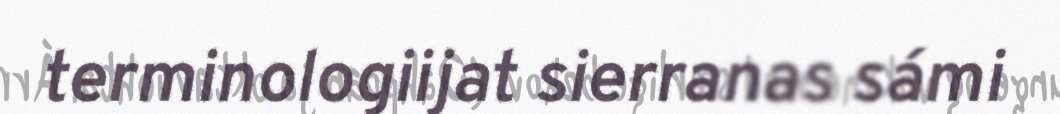
terminologiijat sierranas sámi